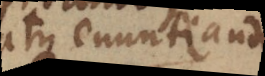
atque enuntiandi